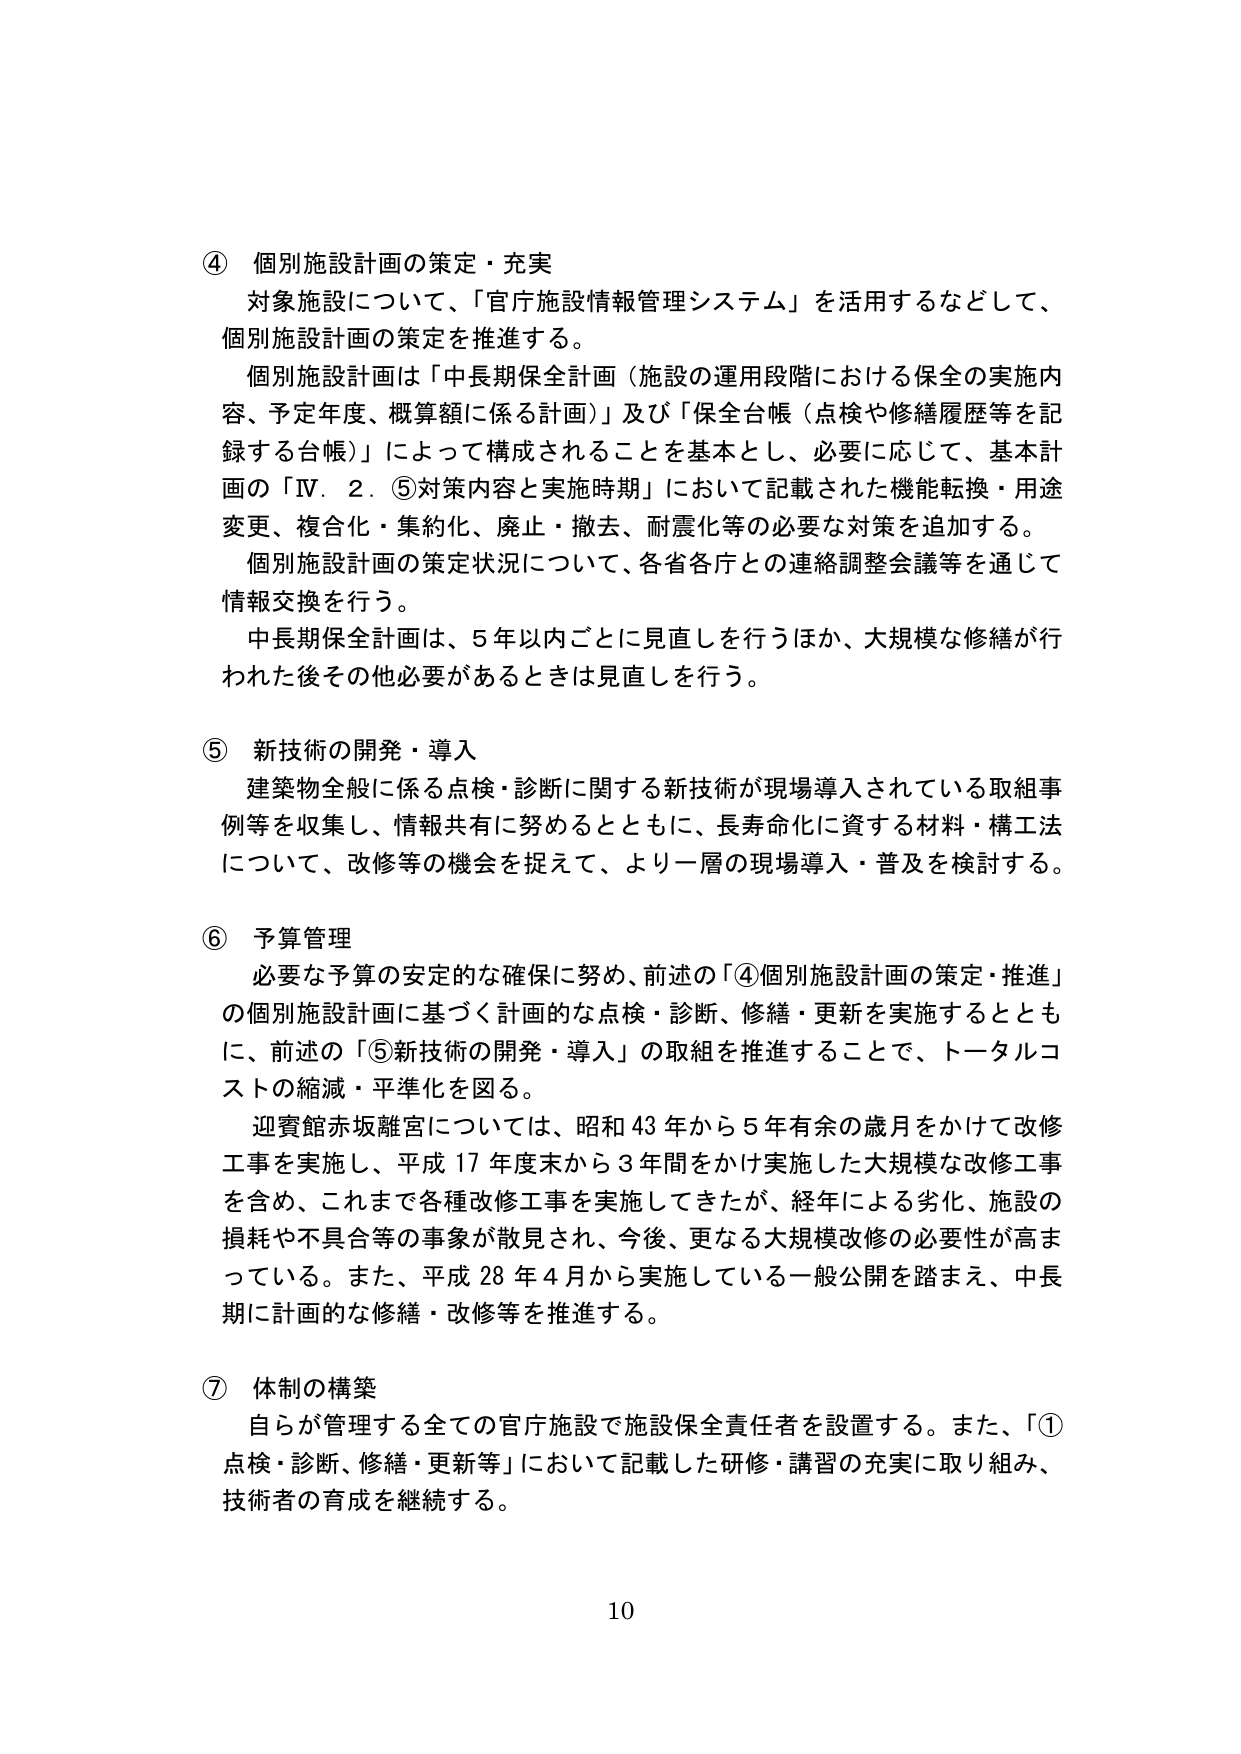
④ 個別施設計画の策定・充実
対象施設について、「官庁施設情報管理システム」を活用するなどして、
個別施設計画の策定を推進する。
個別施設計画は「中長期保全計画（施設の運用段階における保全の実施内容、予定年度、概算額に係る計画）」及び「保全台帳（点検や修繕履歴等を記録する台帳）」によって構成されることを基本とし、必要に応じて、基本計画の「Ⅳ．2．⑤対策内容と実施時期」において記載された機能転換・用途変更、複合化・集約化、廃止・撤去、耐震化等の必要な対策を追加する。
個別施設計画の策定状況について、各省各庁との連絡調整会議等を通じて情報交換を行う。
中長期保全計画は、5年以内ごとに見直しを行うほか、大規模な修繕が行われた後その他必要があるときは見直しを行う。

⑤ 新技術の開発・導入
建築物全般に係る点検・診断に関する新技術が現場導入されている取組事例等を収集し、情報共有に努めるとともに、長寿命化に資する材料・構工法について、改修等の機会を捉えて、より一層の現場導入・普及を検討する。

⑥ 予算管理
必要な予算の安定的な確保に努め、前述の「④個別施設計画の策定・推進」の個別施設計画に基づく計画的な点検・診断、修繕・更新を実施するとともに、前述の「⑤新技術の開発・導入」の取組を推進することで、トータルコストの縮減・平準化を図る。
迎賓館赤坂離宮については、昭和43年から5年有余の歳月をかけて改修工事を実施し、平成17年度末から3年間をかけ実施した大規模な改修工事を含め、これまで各種改修工事を実施してきたが、経年による劣化、施設の損耗や不具合等の事象が散見され、今後、更なる大規模改修の必要性が高まっている。また、平成28年4月から実施している一般公開を踏まえ、中長期に計画的な修繕・改修等を推進する。

⑦ 体制の構築
自らが管理する全ての官庁施設で施設保全責任者を設置する。また、「①点検・診断、修繕・更新等」において記載した研修・講習の充実に取り組み、技術者の育成を継続する。

10